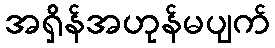
အရှိန်အဟုန်မပျက်